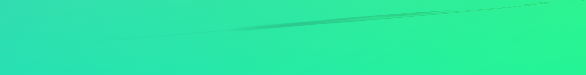
مخبوزات أم أحمد: حلويات ش